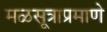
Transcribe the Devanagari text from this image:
मळसूत्राप्रमाणे